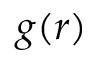
g ( r )